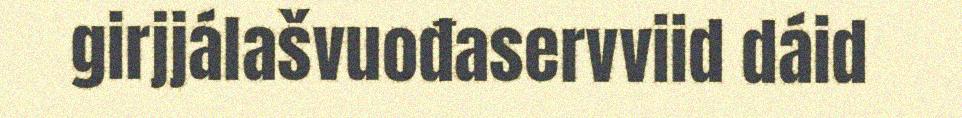
girjjálašvuođaservviid dáid